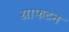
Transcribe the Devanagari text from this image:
ग्राफटन